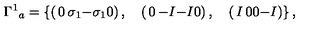
{ \Gamma ^ { 1 } } _ { a } = \left\{ \left( \begin{matrix} { 0 } & { \sigma _ { 1 } } \\ { - \sigma _ { 1 } } & { 0 } \\ \end{matrix} \right) , \quad \left( \begin{matrix} { 0 } & { - I } \\ { - I } & { 0 } \\ \end{matrix} \right) , \quad \left( \begin{matrix} { I } & { 0 } \\ { 0 } & { - I } \\ \end{matrix} \right) \right\} ,